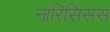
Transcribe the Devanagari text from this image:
नारिसिसस